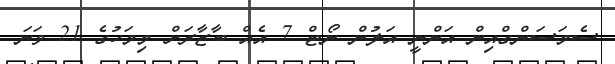
ސެމަސަންގްއިން އަންނީ އަލުން ނޯޓް 7 އެއް ބާޒާރަށް މިމަހުގެ 21 ވަނަ